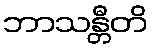
ဘာသန္တီတိ